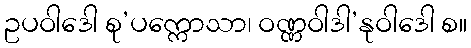
ဥပဝါဒေါ စု’ပက္ကောသာ၊ ဝဏ္ဏဝါဒါ’နုဝါဒေါ စ။